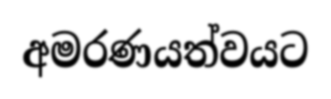
අමරණයත්වයට